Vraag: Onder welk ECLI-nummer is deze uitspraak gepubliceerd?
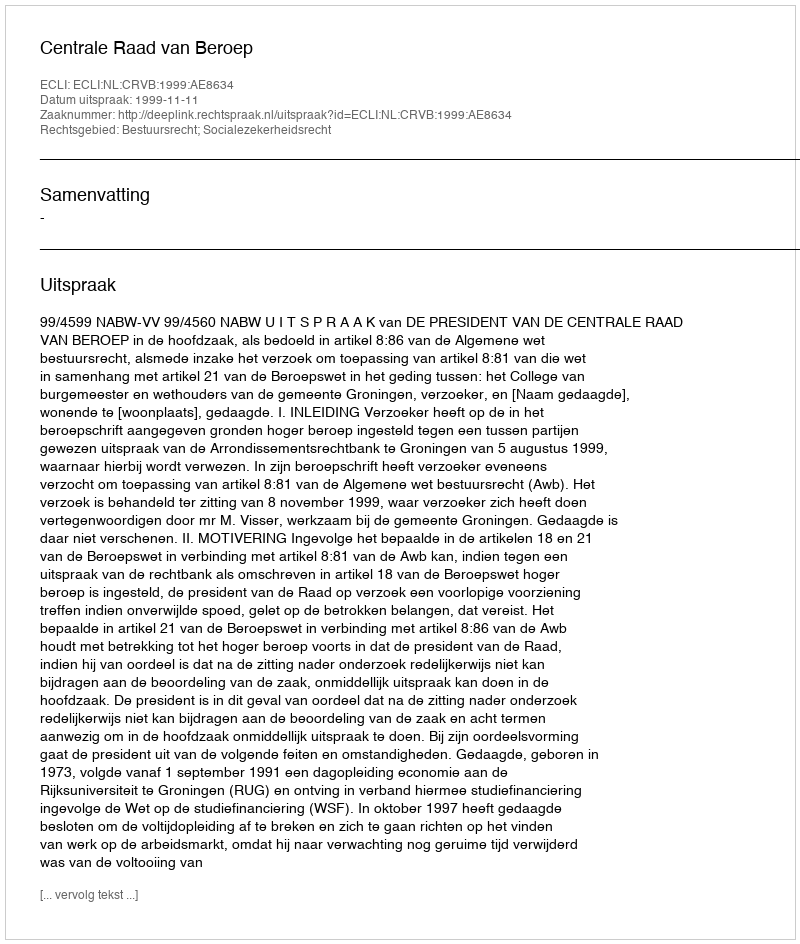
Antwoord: ECLI:NL:CRVB:1999:AE8634